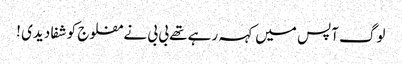
لوگ آپس میں کہہ رہے تھے بی بی نے مفلوج کو شفا دیدی !